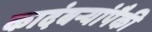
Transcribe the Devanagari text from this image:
कादंबऱ्यांपैकी